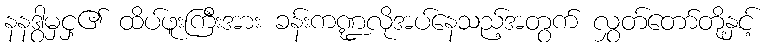
နနဒွာမှင့ှ၏ ထိပ်ဖူးကြီးအား ခန်းကဏ္ဍလိုအပ်နေသည့်အတွက် လွှတ်တော်တို့နှင့်